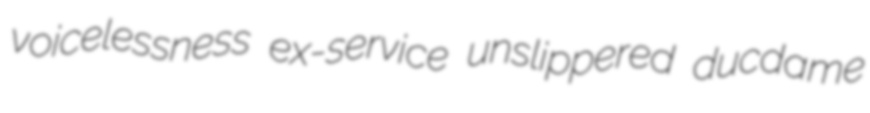
voicelessness ex-service unslippered ducdame